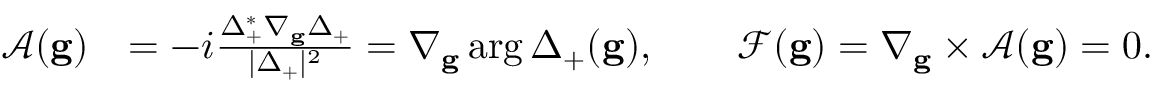
\begin{array} { r l } { \mathcal { A } ( \mathbf { g } ) } & { = - i \frac { \Delta _ { + } ^ { * } \nabla _ { \mathbf { g } } \Delta _ { + } } { | \Delta _ { + } | ^ { 2 } } = \nabla _ { \mathbf { g } } \arg \Delta _ { + } ( \mathbf { g } ) , \qquad \mathcal { F } ( \mathbf { g } ) = \nabla _ { \mathbf { g } } \times \mathcal { A } ( \mathbf { g } ) = 0 . } \end{array}